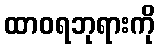
ထာဝရဘုရားကို